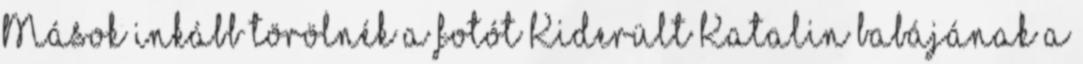
Mások inkább törölnék a fotót Kiderült Katalin babájának a